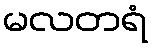
မလတရံ